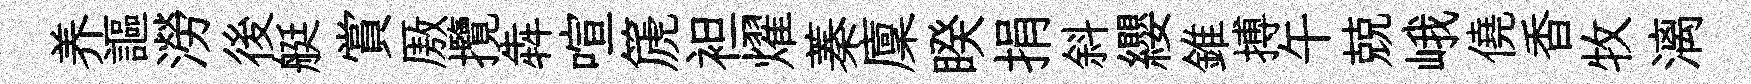
养謳澇後艇賞厫攬犇喧篪袒燿蓁廩睽捐斜纓錐搏午兢峨僥香牧漓